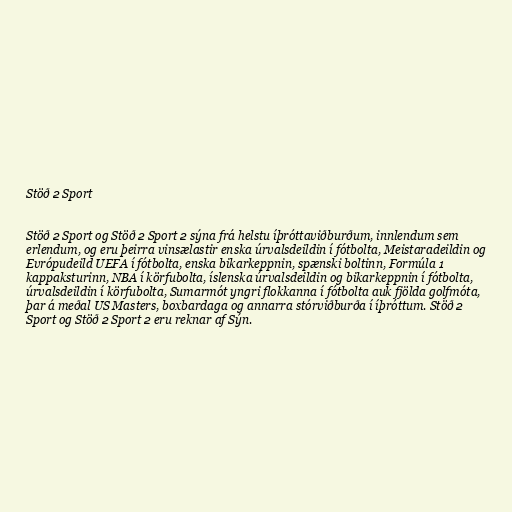
Stöð 2 Sport

Stöð 2 Sport og Stöð 2 Sport 2 sýna frá helstu íþróttaviðburðum, innlendum sem
erlendum, og eru þeirra vinsælastir enska úrvalsdeildin í fótbolta, Meistaradeildin og
Evrópudeild UEFA í fótbolta, enska bikarkeppnin, spænski boltinn, Formúla 1
kappaksturinn, NBA í körfubolta, íslenska úrvalsdeildin og bikarkeppnin í fótbolta,
úrvalsdeildin í körfubolta, Sumarmót yngri flokkanna í fótbolta auk fjölda golfmóta,
þar á meðal US Masters, boxbardaga og annarra stórviðburða í íþróttum. Stöð 2
Sport og Stöð 2 Sport 2 eru reknar af Sýn.